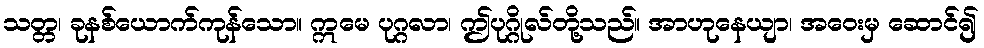
သတ္တ၊ ခုနစ်ယောက်ကုန်သော။ ဣမေ ပုဂ္ဂလာ၊ ဤပုဂ္ဂိုလ်တို့သည်။ အာဟုနေယျာ၊ အဝေးမှ ဆောင်၍